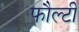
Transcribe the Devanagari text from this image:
फौल्टी